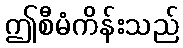
ဤစီမံကိန်းသည်